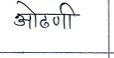
मजकूर: ओढणी